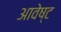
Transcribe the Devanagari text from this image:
आवेष्ट